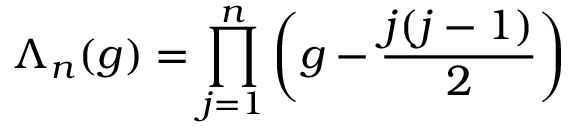
\Lambda _ { n } ( g ) = \prod _ { j = 1 } ^ { n } \left( g - \frac { j ( j - 1 ) } { 2 } \right)